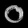
Digit: ၀